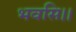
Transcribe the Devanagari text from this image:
भवसि।।